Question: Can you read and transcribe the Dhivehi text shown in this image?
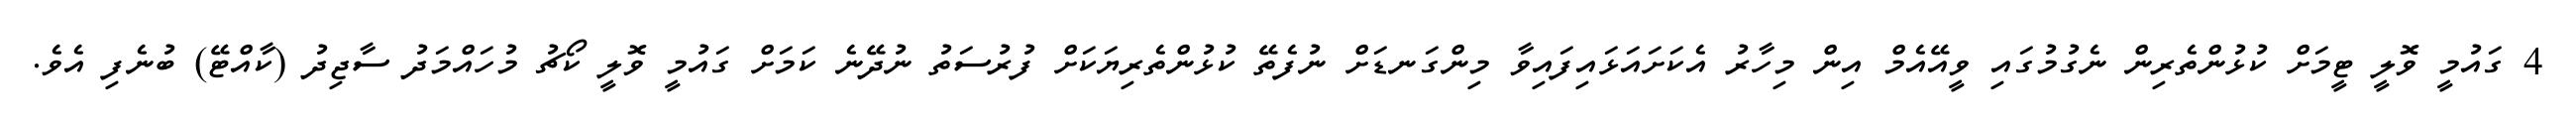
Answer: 4 ގައުމީ ވޮލީ ޓީމަށް ކުޅުންތެރިން ނެގުމުގައި ވީއޭއެމް އިން މިހާރު އެކަށައަޅައިފައިވާ މިންގަނޑަށް ނުފެތޭ ކުޅުންތެރިޔަކަށް ފުރުސަތު ނުދޭނެ ކަމަށް ގައުމީ ވޮލީ ކޯޗު މުހައްމަދު ސާޖިދު (ކާއްޓޭ) ބުނެފި އެވެ.